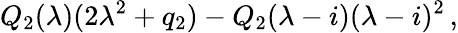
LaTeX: Q_{2}(\lambda)(2\lambda^{2}+q_{2})-Q_{2}(\lambda-i)(\lambda-i)^{2}\, ,